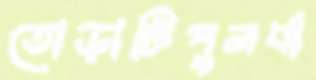
তোড়াটিপুনর্বা